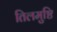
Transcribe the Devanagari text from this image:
तिलमुष्टि